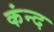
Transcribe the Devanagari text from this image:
कंन्द